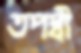
তপস্বী